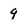
Character: 9